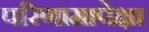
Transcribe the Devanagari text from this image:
परिणामापेक्षा